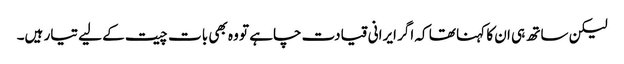
لیکن ساتھ ہی ان کا کہنا تھا کہ اگر ایرانی قیادت چاہے تو وہ بھی بات چیت کے لیے تیار ہیں۔